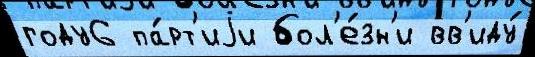
году6 па́рт'иjи бол'е́зн'и вв'иду́